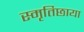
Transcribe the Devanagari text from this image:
स्मृतिछाया